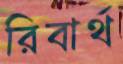
রিবার্থ